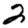
Digit: 2